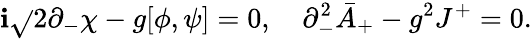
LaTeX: \mathbf{i}\sqrt{}{{2}}\partial_{-}\chi-g[\phi,\psi]=0,\quad\partial_{-}^{2}\bar{{A}}_{+}-g^{2}J^{+}=0.